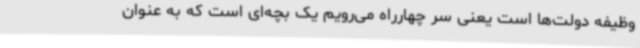
وظیفه دولت‌ها است یعنی سر چهارراه می‌رویم یک بچه‌ای است که به عنوان